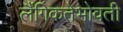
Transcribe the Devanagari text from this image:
लैंगिकतेभोवती